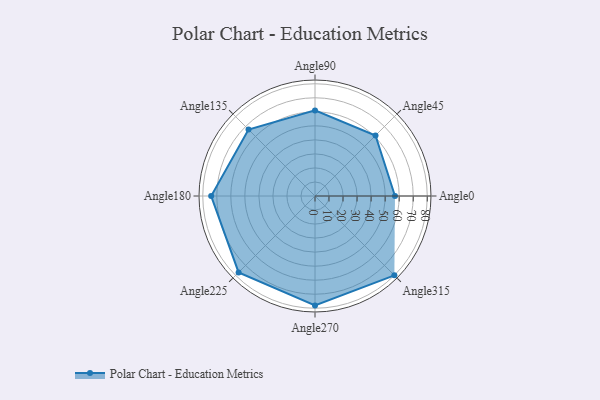
{"axis": {"x": "Angle", "y": "Radius"}, "legend": [""], "data": [{"x": "Angle0", "y": 57.0, "type": ""}, {"x": "Angle45", "y": 61.0, "type": ""}, {"x": "Angle90", "y": 61.0, "type": ""}, {"x": "Angle135", "y": 67.0, "type": ""}, {"x": "Angle180", "y": 74.0, "type": ""}, {"x": "Angle225", "y": 77.0, "type": ""}, {"x": "Angle270", "y": 78.0, "type": ""}, {"x": "Angle315", "y": 80.0, "type": ""}]}